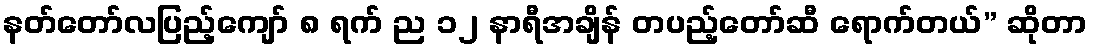
နတ်တော်လပြည့်ကျော် ၈ ရက် ည ၁၂ နာရီအချိန် တပည့်တော်ဆီ ရောက်တယ်” ဆိုတာ